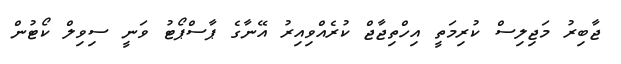
ޖާބިރު މަޖިލިސް ކުރިމަތީ އިހްތިޖާޖް ކުރެއްވިއިރު އޭނާގެ ޕާސްޕޯޓު ވަނީ ސިވިލް ކޯޓުން